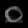
Digit: ၀